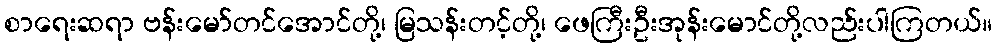
စာရေးဆရာ ဗန်းမော်တင်အောင်တို့၊ မြသန်းတင့်တို့၊ ဖေကြီးဦးအုန်းမောင်တို့လည်းပါကြတယ်။